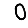
Digit: 0